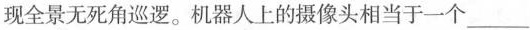
现全景无死角巡逻。机器人上的摄像头相当于一个___